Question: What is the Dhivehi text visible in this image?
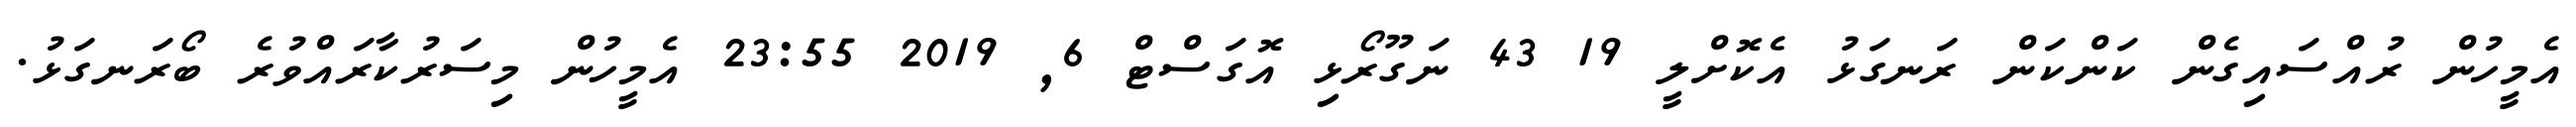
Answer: އެމީހުން ރުއްސައިގެން ކަންކަން ރަނގަޅު އެކޮށްލީ 19 43 ނަގޫރޯޅި އޮގަސްޓް 6, 2019 23:55 އެމީހުން މިސަރުކާރައްވުރެ ބޯރަނގަޅު.